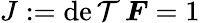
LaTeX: J:=\operatorname*{de\mathcal{T}}{\boldsymbol{F}}=1